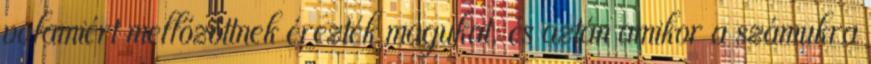
valamiért mellőzöttnek érezték magukat, és aztán amikor a számukra